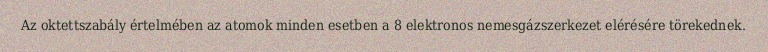
Az oktettszabály értelmében az atomok minden esetben a 8 elektronos nemesgázszerkezet elérésére törekednek.